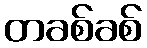
တခစ်ခစ်